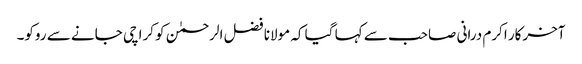
آخرکار اکرم درانی صاحب سے کہا گیا کہ مولانا فضل الرحمٰن کو کراچی جانے سے روکو۔